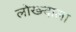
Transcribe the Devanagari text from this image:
लोख्न्दाला